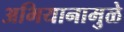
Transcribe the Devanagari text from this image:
अभियानामुळे